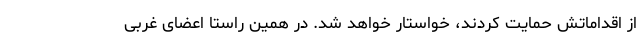
از اقداماتش حمایت کردند، خواستار خواهد شد. در همین راستا اعضای غربی